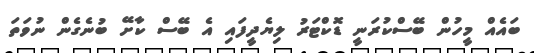
ބައެއް މީހުން ބޭސްކުރަނީ ޑޮކްޓަރު ލިޔެދީފައި އެ ބޭސް ކާށޭ ބުނެގެން ނުވަތަ